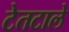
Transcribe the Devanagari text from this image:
टेतटाले